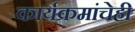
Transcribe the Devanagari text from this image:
कार्यक्रमांचेही